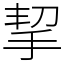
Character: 挈